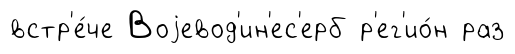
встр'е́че Воjевод'ин'ес'ерб р'ег'ио́н раз